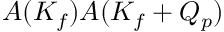
A ( K _ { f } ) A ( K _ { f } + Q _ { p } )